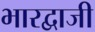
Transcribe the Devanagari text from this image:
भारद्वाजी